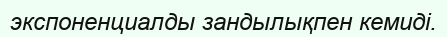
экспоненциалды зандылықпен кемиді.